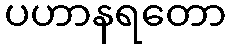
ပဟာနရတော